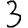
Digit: 3